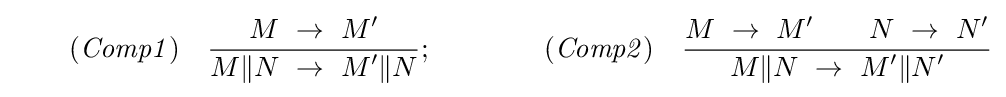
\qquad {\it {(Comp1)}}\quad {\frac {\displaystyle M\ \rightarrow \ M'}{\displaystyle M\|N\ \rightarrow \ M'\|N}};\qquad \qquad {\it {(Comp2)}}\quad {\frac {\displaystyle M\ \rightarrow \ M'\qquad \displaystyle N\ \rightarrow \ N'}{\displaystyle M\|N\ \rightarrow \ M'\|N'}}